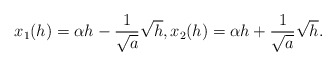
\begin{align*} \begin{aligned}x_1(h)=\alpha h - \frac{1}{\sqrt{a}}\sqrt{h}, x_2(h)=\alpha h + \frac{1}{\sqrt{a}}\sqrt{h}. \end{aligned} \end{align*}